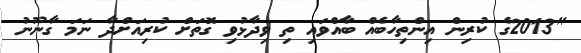
"2013ގެ ކުރިން އިންތިހާބެއް ބާއްވައި ތި ވިދާޅުވި ގޮތަށް ކުރިއަށްދާ ނަމަ ގާނޫނު